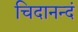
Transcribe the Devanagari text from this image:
चिदानन्दं